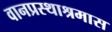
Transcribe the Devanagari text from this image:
वानप्रस्थाश्रमास